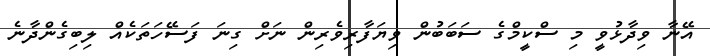
އޭނާ ވިދާޅުވީ މި ސްކީމްގެ ސަބަބުން ވިޔަފާރިވެރިން ނަށް ގިނަ ފަސޭހަތަކެއް ލިބިގެންދާނެ